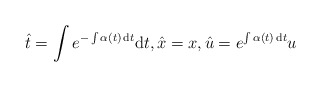
\begin{align*}\hat t=\int e^{-\int \alpha(t)\, {\rm d}t}{\rm d}t,\hat x=x, \hat u=e^{\int \alpha(t)\, {\rm d}t}u\end{align*}